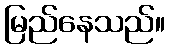
မြည်နေသည်။